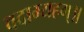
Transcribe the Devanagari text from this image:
वदाम्यहम्॥